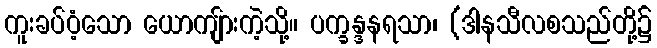
ကူးခပ်ဝံ့သော ယောကျ်ားကဲ့သို့။ ပက္ခန္ဒနရသာ၊ (ဒါနသီလစသည်တို့၌